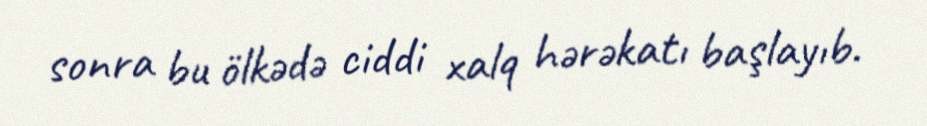
sonra bu ölkədə ciddi xalq hərəkatı başlayıb.